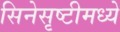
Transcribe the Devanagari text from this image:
सिनेसृष्टीमध्ये